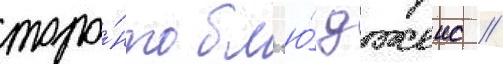
торо́нто бл'ю́ джеис //